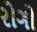
રોગો